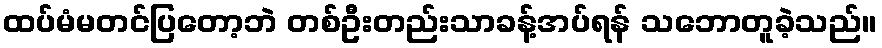
ထပ်မံမတင်ပြတော့ဘဲ တစ်ဦးတည်းသာခန့်အပ်ရန် သဘောတူခဲ့သည်။